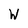
Character: W